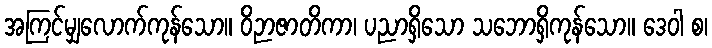
အကြင်မျှလောက်ကုန်သော။ ဝိဉာဇာတိကာ၊ ပညာရှိသော သဘောရှိကုန်သော။ ဒေဝါ စ၊